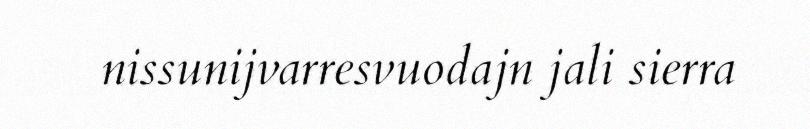
nissunijvarresvuodajn jali sierra